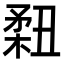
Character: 𥍳